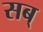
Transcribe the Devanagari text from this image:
सब्